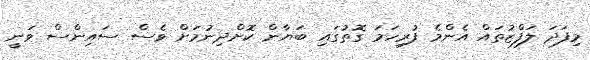
މިފަދަ ލަފްޒުތައް އެންމެ ފުރިހަމަ ގޮތުގައި ބަޔާން ކޮށްދިނުމަށް ވެސް ސައިންސް ވަނީ